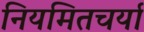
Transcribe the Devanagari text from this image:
नियमितचर्या